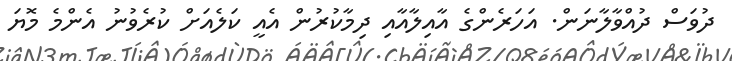
ދުވަސް ދުއްވާލާނަން. އަހަރެންގެ އާއިލާއާއި ދިމާކުރުން އެއީ ކަލެއަށް ކުރެވުނު އެންމެ މޮޔަ